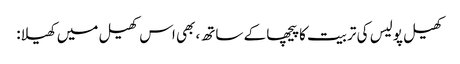
کھیل پولیس کی تربیت کا پیچھا کے ساتھ، بھی اس کھیل میں کھیلا: